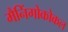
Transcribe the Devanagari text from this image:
मैनिंगोकोकल